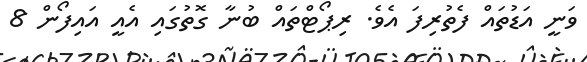
ވަނީ އަޑުތައް ފެތުރިފަ އެވެ. ރިޕޯޓްތައް ބުނާ ގޮތުގައި އެއީ އައިފޯން 8